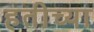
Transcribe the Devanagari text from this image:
हतीच्या